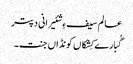
عالم سیف ءِ شئیرانی دپتر
گُبارے کِشکاں کونڈاں جنت۔